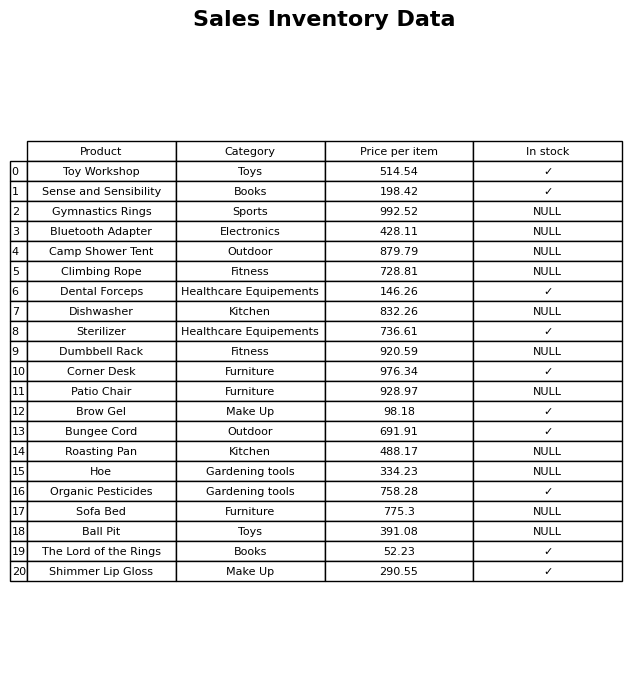
question: Is the Sense and Sensibility in stock?
answer: ✓